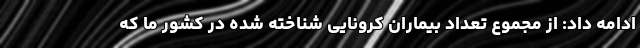
ادامه داد: از مجموع تعداد بیماران کرونایی شناخته شده در کشور ما که